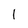
Character: l